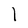
Character: l